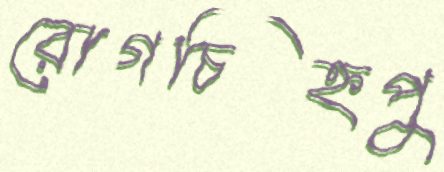
রোগচিহ্নপু